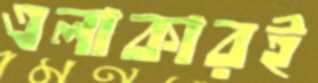
এলাকারই